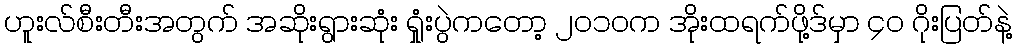
ဟူးလ်စီးတီးအတွက် အဆိုးရွားဆုံး ရှုံးပွဲကတော့ ၂၀၁၀က အိုးထရက်ဖို့ဒ်မှာ ၄၀ ဂိုးပြတ်နဲ့